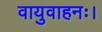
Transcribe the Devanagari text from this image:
वायुवाहनः।